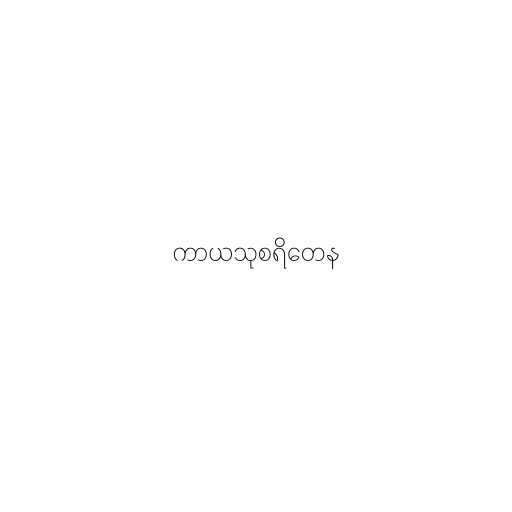
ကာယသုစရိတေန